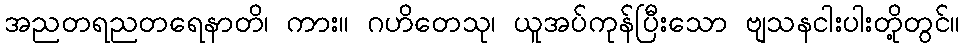
အညတရညတရေနာတိ၊ ကား။ ဂဟိတေသု၊ ယူအပ်ကုန်ပြီးသော ဗျသနငါးပါးတို့တွင်။